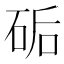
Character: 𥒖